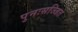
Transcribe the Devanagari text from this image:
पुनःसज्जित